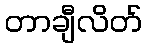
တာချီလိတ်